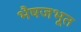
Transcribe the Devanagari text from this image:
भैषजभूत